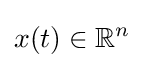
x(t)\in \mathbb {R} ^{n}